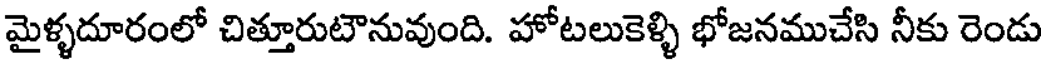
మైళ్ళదూరంలో చిత్తూరుటౌనువుంది. హోటలుకెళ్ళి భోజనముచేసి నీకు రెండు